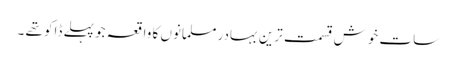
سات خوش قسمت ترین بہادر مسلمانوں کا واقعہ جو پہلے ڈاکو تھے ۔